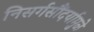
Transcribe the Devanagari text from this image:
निसर्गसौंदर्यामुळे